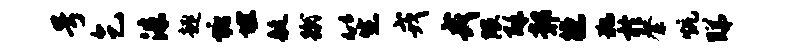
号乞洙趣塘埋艇蹴笙戎戎隈酥鄣德犯於綮炕睇